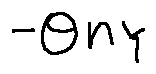
- \theta n _ { Y }